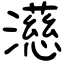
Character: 濨